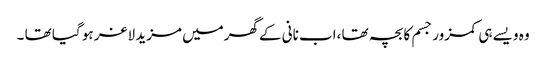
وہ ویسے ہی کمزور جسم کا بچہ تھا ،اب نانی کے گھرمیں مزید لاغر ہو گیا تھا ۔